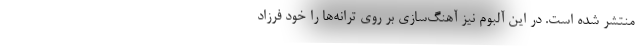
منتشر شده است. در این آلبوم نیز آهنگ‌سازی بر روی ترانه‌ها را خود فرزاد